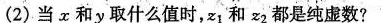
(2)当x和y取什么值时，z_{1}和z_{2}都是纯虚数?